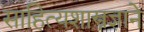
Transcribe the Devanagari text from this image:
साहित्यशास्त्रज्ञाने